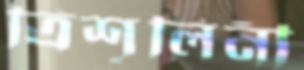
ত্রিশূলিনী